Regulations for the medical services of the Army of India
Year: 1930
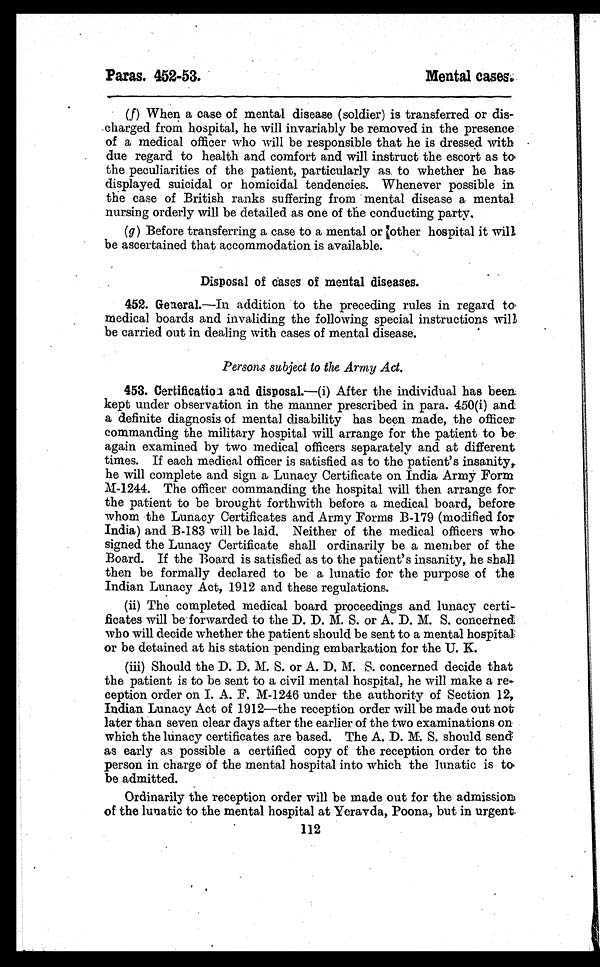
Paras. 452-53.
Mental cases.
(f) When a case of mental disease (soldier) is transferred or dis-
charged from hospital, he will invariably be removed in the presence
of a medical officer who will be responsible that he is dressed with
due regard to health and comfort and will instruct the escort as to
the peculiarities of the patient, particularly as. to whether he has
displayed suicidal or homicidal tendencies. Whenever possible in
the case of British ranks suffering from mental disease a mental
nursing orderly will be detailed as one of the conducting party.
(g) Before transferring a case to a mental or other hospital it will
be ascertained that accommodation is available.
Disposal of cases of mental diseases.
452. General.—In addition to the preceding rules in regard to
medical boards and invaliding the following special instructions will
be carried out in dealing with cases of mental disease.
Persons subject to the Army Act.
453. Certification and disposal .—(i) After the individual has been
kept under observation in the manner prescribed in para. 450(i) and
a definite diagnosis of mental disability has been made, the officer
commanding the military hospital will arrange for the patient to be
again examined by two medical officers separately and at different
times. If each medical officer is satisfied as to the patient's insanity,
he will complete and sign a Lunacy Certificate on India Army Form
M-1244. The officer commanding the hospital will then arrange for
the patient to be brought forthwith before a medical board, before
whom the Lunacy Certificates and Army Forms B-179 (modified for
India) and B-183 will be laid. Neither of the medical officers who
signed the Lunacy Certificate shall ordinarily be a member of the
Board. If the Board is satisfied as to the patient's insanity, he shall
then be formally declared to be a lunatic for the purpose of the
Indian Lunacy Act, 1912 and these regulations.
(ii) The completed medical board proceedings and lunacy certi-
ficates will be forwarded to the D. D. M. S. or A. D. M. S. concerned
who will decide whether the patient should be sent to a mental hospital
or be detained at his station pending embarkation for the U. K.
(iii) Should the D. D. M. S. or A. D. M. S. concerned decide that
the patient is to be sent to a civil mental hospital, he will make a re-
ception order on I. A. F. M-1246 under the authority of Section 12,
Indian Lunacy Act of 1912—the reception order will be made out not
later than seven clear days after the earlier of the two examinations on
which the lunacy certificates are based. The A. D. M. S. should send
as early as possible a certified copy of the reception order to the
person in charge of the mental hospital into which the lunatic is to
be admitted.
Ordinarily the reception order will be made out for the admission
of the lunatic to the mental hospital at Yeravda, Poona, but in urgent.
112